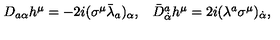
\begin{array} { c c } { D _ { a \alpha } h ^ { \mu } = - 2 i ( \sigma ^ { \mu } \bar { \lambda } _ { a } ) _ { \alpha } , } & { \bar { D } { } _ { \dot { \alpha } } ^ { a } h ^ { \mu } = 2 i ( \lambda ^ { a } \sigma ^ { \mu } ) _ { \dot { \alpha } } , } \\ \end{array}